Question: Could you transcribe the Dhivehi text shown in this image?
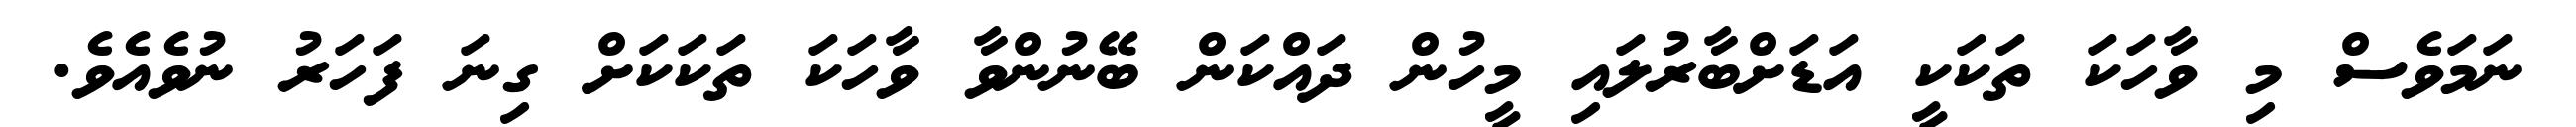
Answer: ނަމަވެސް މި ވާހަކަ ތަކަކީ އަޑަށްބާރުލައި މީހުން ދައްކަން ބޭނުންވާ ވާހަކަ ތަކަކަށް ގިނަ ފަހަރު ނުވެއެވެ.